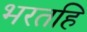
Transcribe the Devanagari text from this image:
भरतहि